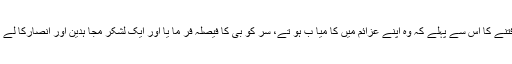
حضو ر (ص)نے اس فتنے کا اس سے پہلے کہ وہ اپنے عزائم میں کا میا ب ہو تے، سر کو بی کا فیصلہ فر ما یا اور ایک لشکر مجا ہدین اور انصارکا لے کر کے روانہ ہو گئے۔